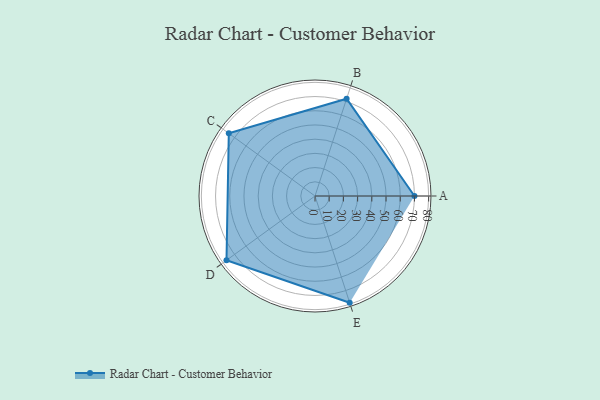
{"axis": {"x": "Skill", "y": "Score"}, "legend": ["Profile"], "data": [{"x": "A", "y": 70.0, "type": "Profile"}, {"x": "B", "y": 72.0, "type": "Profile"}, {"x": "C", "y": 75.0, "type": "Profile"}, {"x": "D", "y": 77.0, "type": "Profile"}, {"x": "E", "y": 79.0, "type": "Profile"}]}